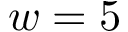
w = 5